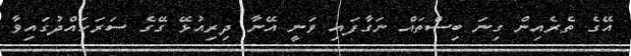
އޭގެ ތެރެއިން ގިނަ ބިސްތައް ނަގާފައި ވަނީ އޭނާ ދިރިއުޅޭ ގޭގެ ސަރަހައްދުގައިވާ